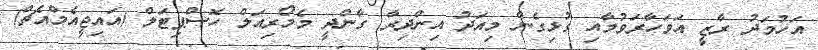
އަހުމަދު ރާޒީ އަވަހާރަވުމާއި ގުޅިގެން މިއަދު އިންދިރާ ގާންދީ މެމޯރިއަލް ހޮސްޕިޓަލް (އައިޖީއެމްއެޗް)